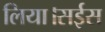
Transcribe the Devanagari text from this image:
लिया।सईस